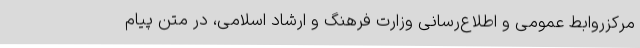
مرکزروابط عمومی و اطلاع‌رسانی وزارت فرهنگ و ارشاد اسلامی، در متن پیام